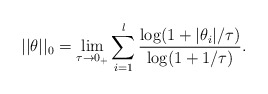
\begin{align*}||\theta||_0 = \lim \limits_{\tau\rightarrow 0_+} \sum \limits_{i=1}^l \frac{\log(1+|\theta_i|/\tau)}{\log(1+1/\tau)}.\end{align*}